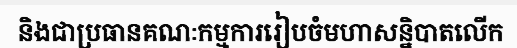
និងជាប្រធានគណៈកម្មការរៀបចំមហាសន្និបាតលើក